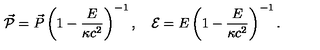
\vec { \cal { P } } = \vec { P } \left( 1 - \frac { E } { \kappa c ^ { 2 } } \right) ^ { - 1 } , \quad { \cal { E } } = E \left( 1 - \frac { E } { \kappa c ^ { 2 } } \right) ^ { - 1 } .